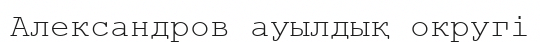
Александров ауылдық округі